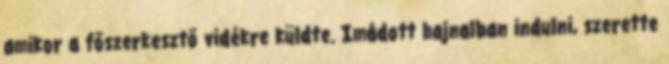
amikor a főszerkesztő vidékre küldte. Imádott hajnalban indulni, szerette